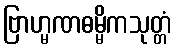
ဗြာဟ္မဏဓမ္မိကသုတ္တံ